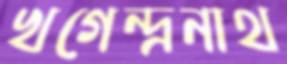
খগেন্দ্রনাথ